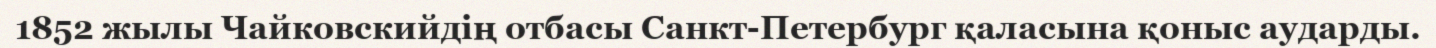
1852 жылы Чайковскийдің отбасы Санкт-Петербург қаласына қоныс аударды.